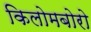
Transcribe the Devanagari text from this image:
किलोमबोरो